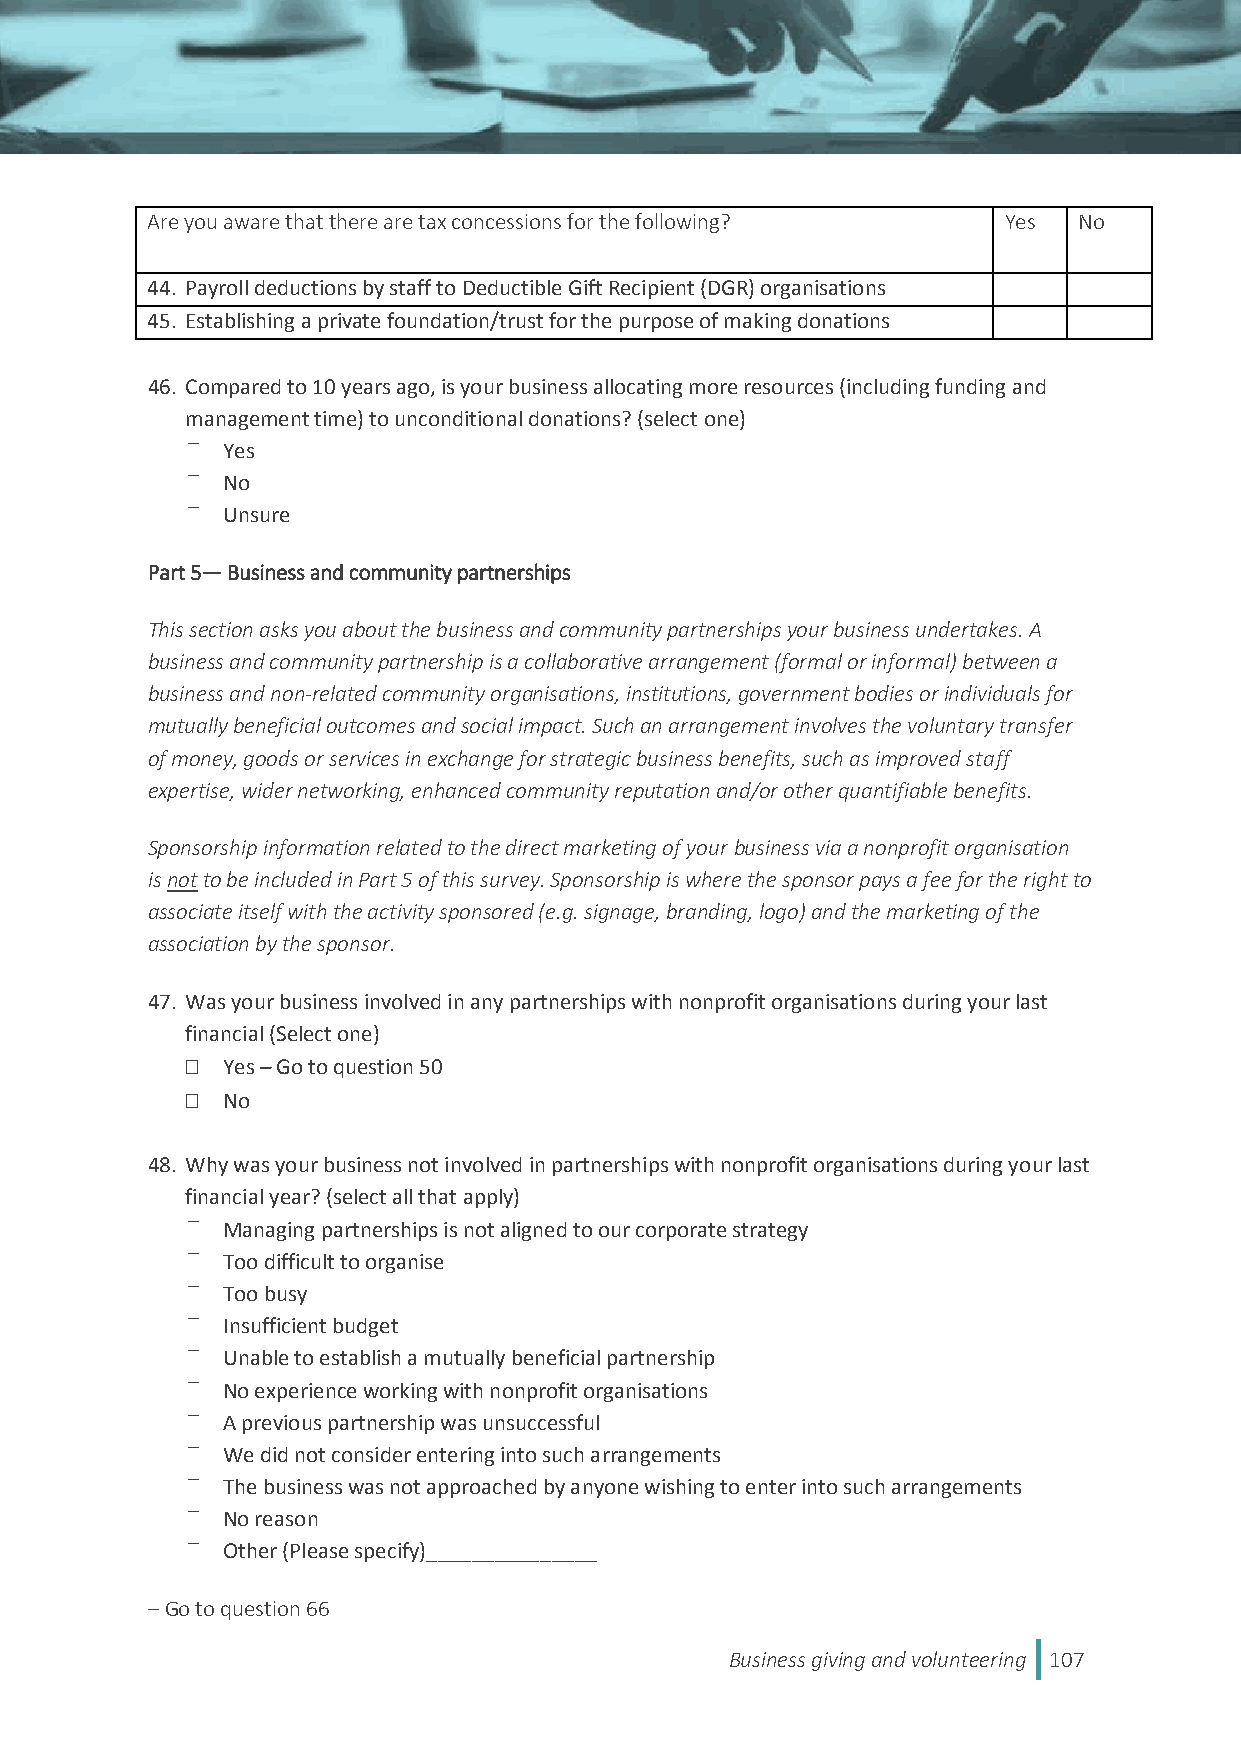
Are you aware that there are tax concessions for the following? Yes No
 44. Payroll deductions by staff to Deductible Gift Recipient (DGR) organisations
 45. Establishing a private foundation/trust for the purpose of making donations
 46. Compared to 10 years ago, is your business allocating more resources (including funding and
 management time) to unconditional donations? (select one)
 Yes
 No
 Unsure
 Part 5— Business and community partnerships
 This section asks you about the business and community partnerships your business undertakes. A
 business and community partnership is a collaborative arrangement (formal or informal) between a
 business and non-related community organisations, institutions, government bodies or individuals for
 mutually beneficial outcomes and social impact. Such an arrangement involves the voluntary transfer
 of money, goods or services in exchange for strategic business benefits, such as improved staff
 expertise, wider networking, enhanced community reputation and/or other quantifiable benefits.
 Sponsorship information related to the direct marketing of your business via a nonprofit organisation
 is not to be included in Part 5 of this survey. Sponsorship is where the sponsor pays a fee for the right to
 associate itself with the activity sponsored (e.g. signage, branding, logo) and the marketing of the
 association by the sponsor.
 47. Was your business involved in any partnerships with nonprofit organisations during your last
 financial (Select one)
   Yes – Go to question 50
   No
 48. Why was your business not involved in partnerships with nonprofit organisations during your last
 financial year? (select all that apply)
 Managing partnerships is not aligned to our corporate strategy
 Too difficult to organise
 Too busy
 Insufficient budget
 Unable to establish a mutually beneficial partnership
 No experience working with nonprofit organisations
 A previous partnership was unsuccessful
 We did not consider entering into such arrangements
 The business was not approached by anyone wishing to enter into such arrangements
 No reason
 Other (Please specify)_______________
 – Go to question 66
 Business giving and volunteering 107